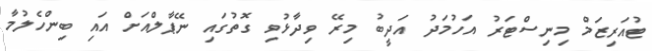
ޓުއަރިޒަމް މިނިސްޓަރު އަހުމަދު އަދީބު މިރޭ ވިދާޅުވި ގޮތުގައި ނޭޕާލްއަށް އައި ބިންހެލުމާ